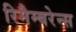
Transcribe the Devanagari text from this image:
रिमैम्बरेन्स